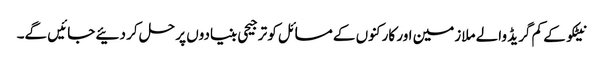
نیٹکو کے کم گریڈ والے ملازمین اور کارکنوں کے مسائل کو ترجیحی بنیادوں پر حل کر دئیے جائیں گے۔